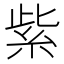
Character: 紫